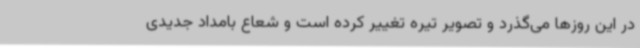
در این روزها می‌گذرد و تصویر تیره تغییر کرده است و شعاع بامداد جدیدی